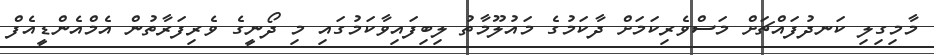
މާމިގިލި ކަނދުފައްޗަށް މަސްވެރިކަމަށް ދާކަމުގެ މައުލޫމާތު ލިބިފައިވާކަމުގައި މި ދޯނީގެ ވެރިފަރާތުން އެމްއެންޑީއެފް